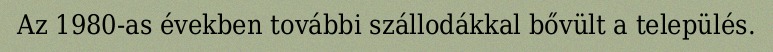
Az 1980-as években további szállodákkal bővült a település.